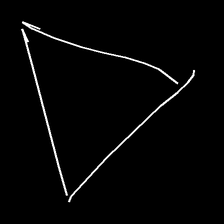
Glyph: convergence